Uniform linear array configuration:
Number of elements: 24
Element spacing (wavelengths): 1
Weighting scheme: hann
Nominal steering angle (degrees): -45
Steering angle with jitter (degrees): -44.996
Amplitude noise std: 0.05
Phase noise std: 0.05

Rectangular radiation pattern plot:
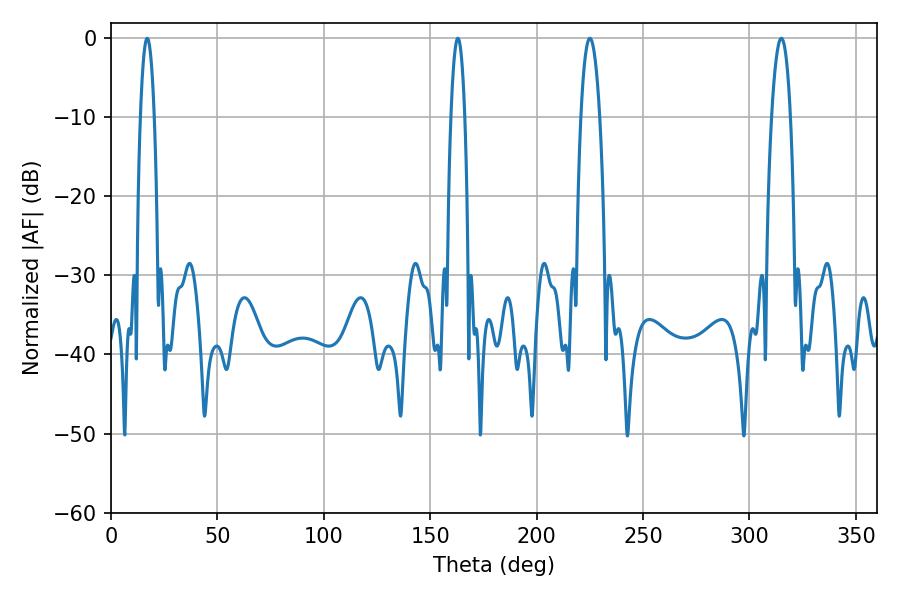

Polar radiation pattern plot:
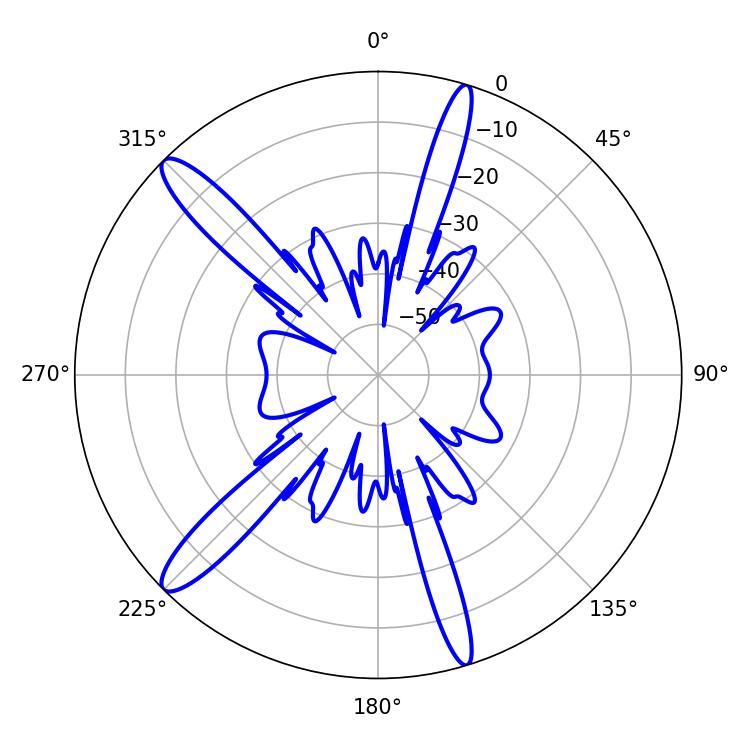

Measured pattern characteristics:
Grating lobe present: TRUE
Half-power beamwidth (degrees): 4.86
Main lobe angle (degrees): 225